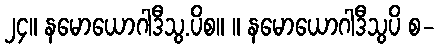
၂၄။ နမောယောဂါဒီသွ.ပိစ။ ။ နမောယောဂါဒီသွပိ စ-